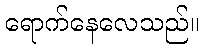
ရောက်နေလေသည်။